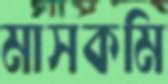
মাসকমি